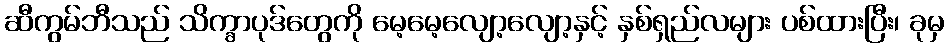
ဆီကွမ်ဘီသည် သိက္ခာပုဒ်တွေကို မေ့မေ့လျော့လျော့နှင့် နှစ်ရှည်လများ ပစ်ထားပြီး၊ ခုမှ